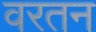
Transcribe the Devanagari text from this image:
वरतन